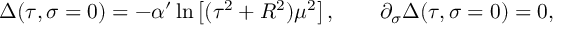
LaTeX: \Delta ( \tau , \sigma = 0 ) = - \alpha ^ { \prime } \ln \left[ ( \tau ^ { 2 } + R ^ { 2 } ) \mu ^ { 2 } \right] , \qquad \partial _ { \sigma } \Delta ( \tau , \sigma = 0 ) = 0 ,